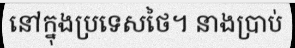
នៅក្នុងប្រទេសថៃ។ នាងប្រាប់